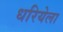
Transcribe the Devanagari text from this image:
धरियेला